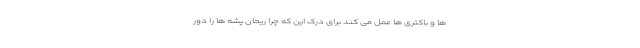
ها و باکتری ها عمل می کند برای درک این که چرا ریحان پشه ها را دور